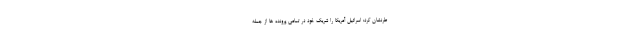
طرنشان کرد: اسرائیل آمریکا را شریک خود در تمامی پرونده ها از جمله